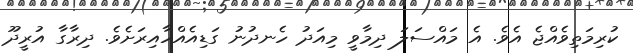
ކުރިމަތިވެއްޖެ އެވެ. އެ މައްސަލަ ދިމާވީ މިއަދު ހެނދުނު ގަޑިއެއްހާއިރަށެވެ. ދިރާގާ އުރީދޫ